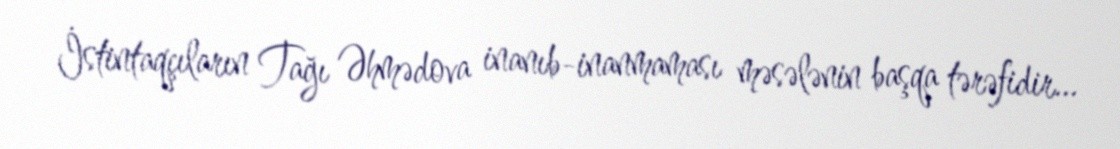
İstintaqçıların Tağı Əhmədova inanıb-inanmaması məsələnin başqa tərəfidir...